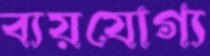
ব্যয়যোগ্য